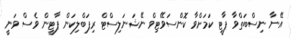
އޭނާ ނިސްބަތްވާ ޕާޓީ ކަމަށްވާ ކޮންސަވޭޓިވް ނޭޝަނަލިސްޓް ރިޕަބްލިކަން ޕާޓީން ވެސް ވަނީ